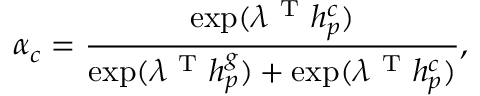
\alpha _ { c } = \frac { \exp ( \lambda ^ { \mathrm { ~ T ~ } } h _ { p } ^ { c } ) } { \exp ( \lambda ^ { \mathrm { ~ T ~ } } h _ { p } ^ { g } ) + \exp ( \lambda ^ { \mathrm { ~ T ~ } } h _ { p } ^ { c } ) } ,